Vaccination in the Punjab 1867-1880 - 1867-1880
Year: 1867
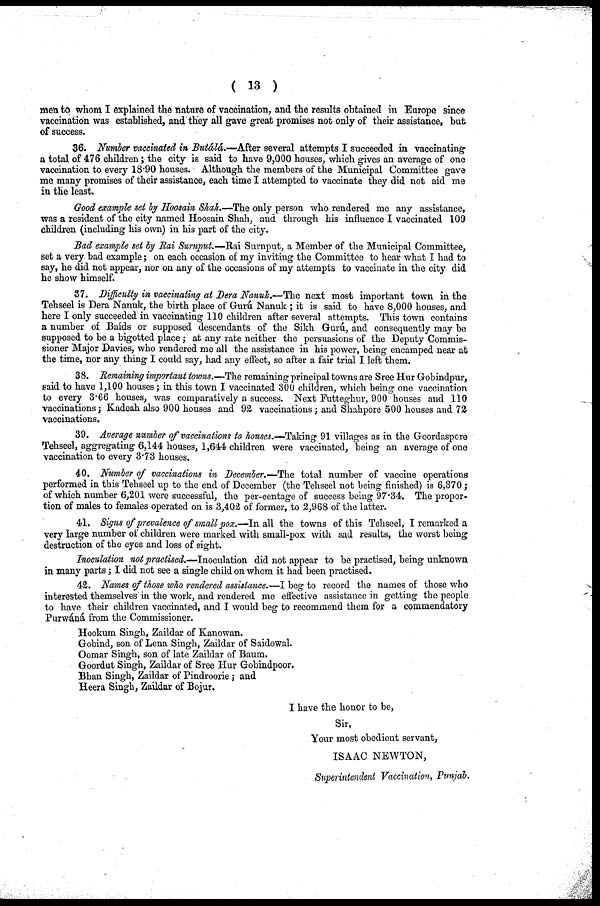
( 13 )
men to whom I explained the nature of vaccination, and the results obtained in Europe since
vaccination was established, and they all gave great promises not only of their assistance, but
of success.
36. Number vaccinated in Butálá.—After several attempts I succeeded in vaccinating
a total of 476 children; the city is said to have 9,000 houses, which gives an average of one
vaccination to every 18.90 houses. Although the members of the Municipal Committee gave
me many promises of their assistance, each time I attempted to vaccinate they did not aid me
in the least.
Good example set by Hoosain Shah.—The only person who rendered me any assistance,
was a resident of the city named Hoosain Shah, and through his influence I vaccinated 109
children (including his own) in his part of the city.
Bad example set by Rai Surnput.—Rai Surnput, a Member of the Municipal Committee,
set a very bad example; on each occasion of my inviting the Committee to hear what I had to
say, he did not appear, nor on any of the occasions of my attempts to vaccinate in the city did
he show himself.
37. Difficulty in vaccinating at Dera Nanuk.—The next most important town in the
Tehseel is Dera Nanuk, the birth place of Gurú Nanuk ; it is said to have 8,000 houses, and
here I only succeeded in vaccinating 110 children after several attempts. This town contains
a number of Baíds or supposed descendants of the Sikh Gurú, and consequently may be
supposed to be a bigotted place; at any rate neither the persuasions of the Deputy Commis-
sioner Major Davies, who rendered me all the assistance in his power, being encamped near at
the time, nor any thing I could say, had any effect, so after a fair trial I left them.
38. Remaining important towns.—The remaining principal towns are Sree Hur Gobindpur,
said to have 1,100 houses; in this town I vaccinated 300 children, which being one vaccination
to every 3.66 houses, was comparatively a success. Next Futteghur, 900 houses and 110
vaccinations; Kadeah also 900 houses and 92 vaccinations; and Shahpore 500 houses and 72
vaccinations.
39. Average number of vaccinations to houses.—Taking 91 villages as in the Goordaspore
Tehseel, aggregating 6,144 houses, 1,644 children were vaccinated, being an average of one
vaccination to every 3.73 houses.
40. Number of vaccinations in December.—The total number of vaccine operations
performed in this Tehseel up to the end of December (the Tehseel not being finished) is 6,370 ;
of which number 6,201 were successful, the per-centage of success being 97.34. The propor-
tion of males to females operated on is 3,402 of former, to 2,968 of the latter.
41. Signs of prevalence of small pox.—In all the towns of this Tehseel, I remarked a
very large number of children were marked with small-pox with sad results, the worst being
destruction of the eyes and loss of sight.
Inoculation not practised.—Inoculation did not appear to be practised, being unknown
in many parts; I did not see a single child on whom it had been practised.
42. Names of those who rendered assistance.—I beg to record the names of those who
interested themselves in the work, and rendered me effective assistance in getting the people
to have their children vaccinated, and I would beg to recommend them for a commendatory
Purwáná from the Commissioner.
Hookum Singh, Zaildar of Kanowan.
Gobind, son of Lena Singh, Zaildar of Saidowal.
Oomar Singh, son of late Zaildar of Baum.
Goordut Singh, Zaildar of Sree Hur Gobindpoor.
Bhan Singh, Zaildar of Pindroorie ; and
Heera Singh, Zaildar of Bojur.
I have the honor to be,
Sir,
Your most obedient servant,
ISAAC NEWTON,
Superintendent Vaccination, Punjab.